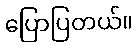
ပြောပြတယ်။